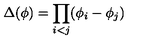
\Delta ( \phi ) = \prod _ { i < j } ( \phi _ { i } - \phi _ { j } )